Calcutta medical institutions reports 1879-81 [i.e.91]
Year: 1879
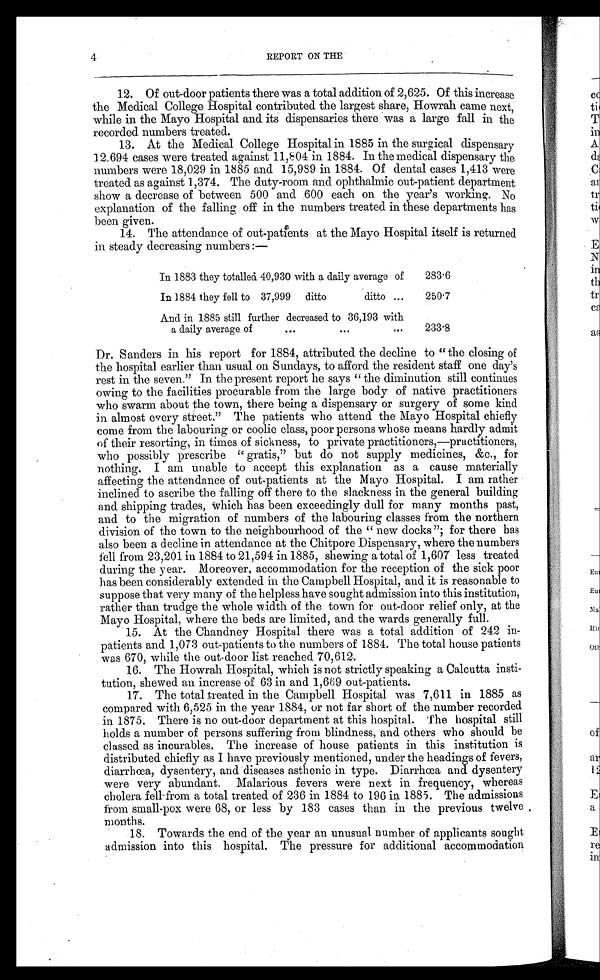
4
REPORT ON THE
12. Of out-door patients there was a total addition of 2,625. Of this increase
the Medical College Hospital contributed the largest share, Howrah came next,
while in the Mayo Hospital and its dispensaries there was a large fall in the
recorded numbers treated.
13. At the Medical College Hospital in 1885 in the surgical dispensary
12.694 cases were treated against 11,804 in 1884. In the medical dispensary the
numbers were 18,029 in 1885 and 15,989 in 1884. Of dental cases 1,413 were
treated as against 1,374. The duty-room and ophthalmic out-patient department
show a decrease of between 500 and 600 each on the year's working. No
explanation of the falling off in the numbers treated in these departments has
been given.
14. The attendance of out-patients at the Mayo Hospital itself is returned
in steady decreasing numbers:—
In 1883 they totalled 40,930 with a daily average of
283.6
In 1884 they fell to 37,999 ditto ditto ...
250.7
And in 1885 still further decreased to 36,193 with
a daily average of
...
...
...
233.8
Dr. Sanders in his report for 1884, attributed the decline to "the closing of
the hospital earlier than usual on Sundays, to afford the resident staff one day's
rest in the seven." In the present report he says "the diminution still continues
owing to the facilities procurable from the large body of native practitioners
who swarm about the town, there being a dispensary or surgery of some kind
in almost every street." The patients who attend the Mayo Hospital chiefly
come from the labouring or coolie class, poor persons whose means hardly admit
of their resorting, in times of sickness, to private practitioners,—practitioners,
who possibly prescribe "gratis," but do not supply medicines, &c., for
nothing. I am unable to accept this explanation as a cause materially
affecting the attendance of out-patients at the Mayo Hospital. I am rather
inclined to ascribe the falling off there to the slackness in the general building
and shipping trades, Which has been exceedingly dull for many months past,
and to the migration of numbers of the labouring classes from the northern
division of the town to the neighbourhood of the "new docks"; for there has
also been a decline in attendance at the Chitpore Dispensary, where the numbers
fell from 23,201 in 1884 to 21,594 in 1885, shewing a total of 1,607 less treated
during the year. Moreover, accommodation for the reception of the sick poor
has been considerably extended in the Campbell Hospital, and it is reasonable to
suppose that very many of the helpless have sought admission into this institution,
rather than trudge the whole width of the town for out-door relief only, at the
Mayo Hospital, where the beds are limited, and the wards generally full.
15. At the Chandney Hospital there was a total addition of 242 in
- p a t i e n t s a n d
1 , 0 7 3
o u t - p a t i e n t s t o t h e n u m b e r s o f 1 8 8 4 . T h e t o t a l h o u s e p a t i e n t s
was 670, while the out-door list reached 70,612.
16. The Howrah Hospital, which is not strictly speaking a Calcutta insti-
tution, shewed an increase of 63 in and 1,669 out-patients.
17. The total treated in the Campbell Hospital was 7,611 in 1885 as
compared with 6,525 in the year 1884, or not far short of the number recorded
in 1875. There is no out-door department at this hospital. The hospital still
holds a number of persons suffering from blindness, and others who should be
classed as incurables. The increase of house patients in this institution is
distributed chiefly as I have previously mentioned, under the headings of fevers,
diarrhœa, dysentery, and diseases asthenic in type. Diarrhœa and dysentery
were very abundant. Malarious fevers were next in frequency, whereas
cholera fell-from a total treated of 236 in 1884 to 196 in 1885. The admissions
from small-pox were 68, or less by 183 cases than in the previous twelve
months.
18. Towards the end of the year an unusual number of applicants sought
admission into this hospital. The pressure for additional accommodation